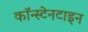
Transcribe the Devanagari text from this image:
कॉन्स्टेनटाइन